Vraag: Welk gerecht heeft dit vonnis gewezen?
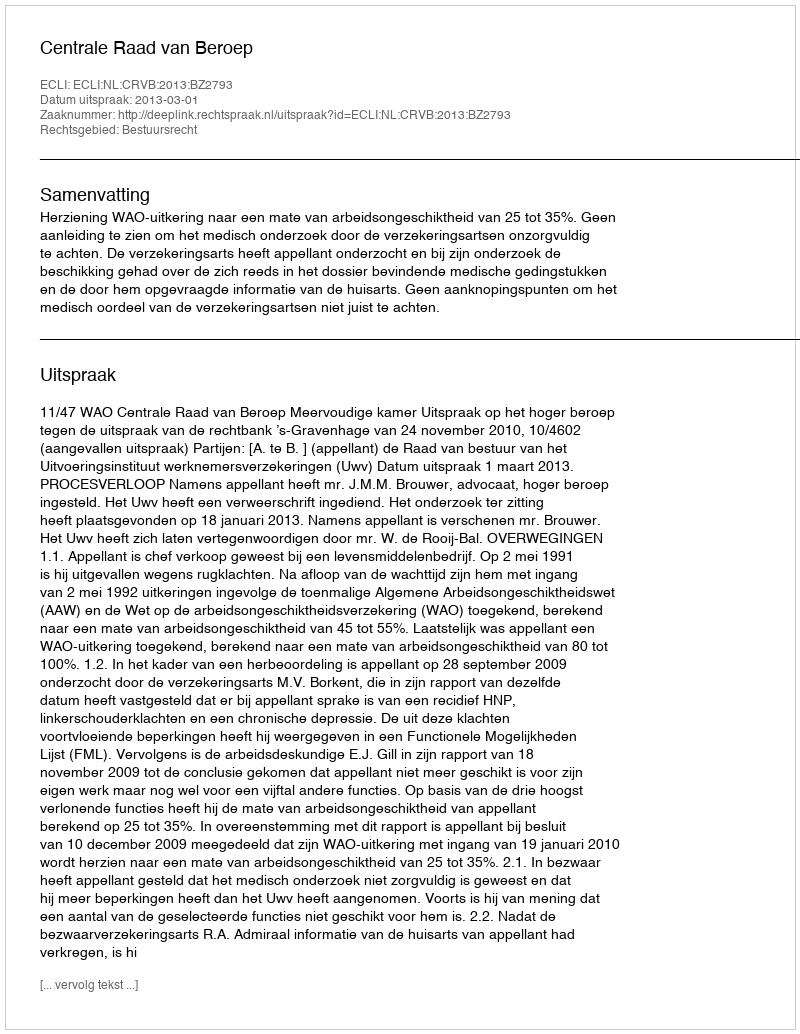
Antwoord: Centrale Raad van Beroep